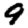
Digit: 9